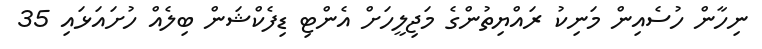
ނިހާން ހުސެއިން މަނިކު ރައްޔިތުންގެ މަޖިލީހަށް އެންޓި ޑިފެކްޝަން ބިލެއް ހުށައަޅައި 35